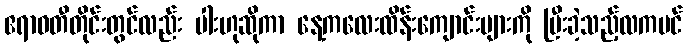
ဧရာဝတီတိုင်းတွင်လည်း ပါးဟုဆိုကာ နေ့ကလေးထိန်းကျောင်းများကို ပြီးခဲ့သည့်လကပင်